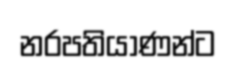
නරපතියාණන්ට